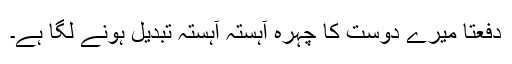
دفعتاً میرے دوست کا چہرہ آہستہ آہستہ تبدیل ہونے لگا ہے۔